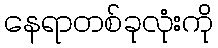
နေရာတစ်ခုလုံးကို